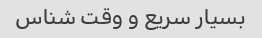
بسیار سریع و وقت شناس